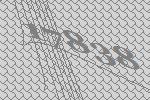
17838